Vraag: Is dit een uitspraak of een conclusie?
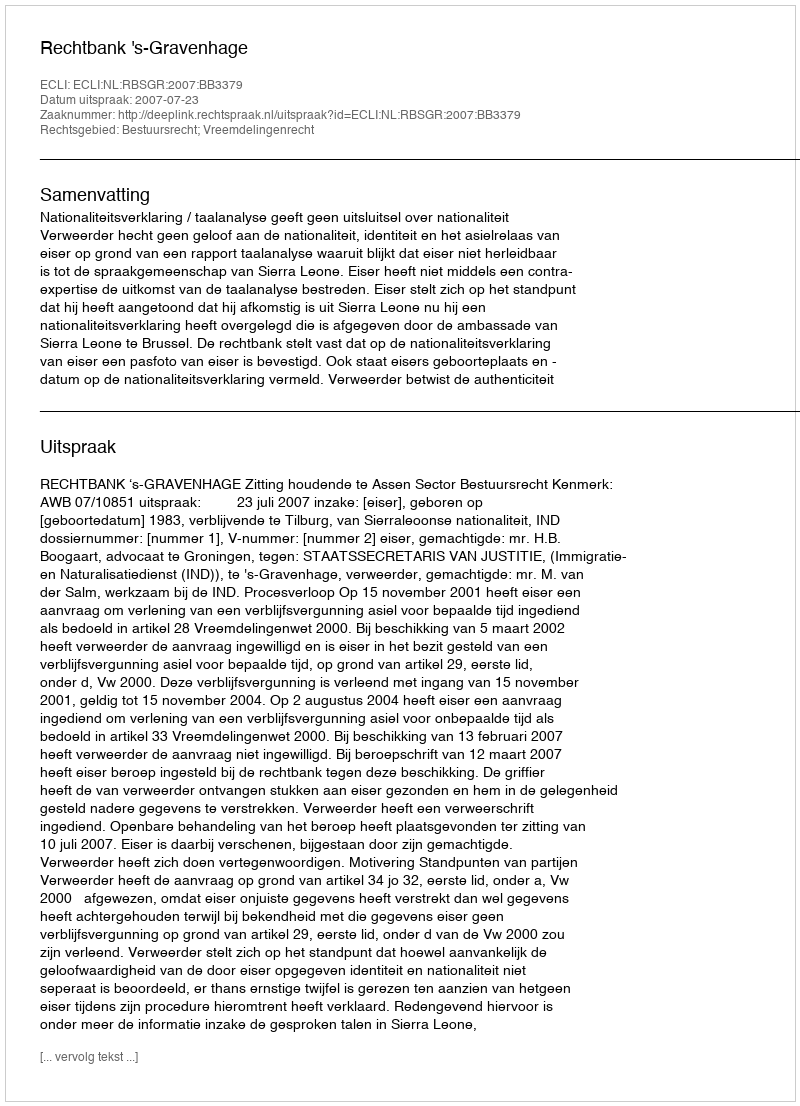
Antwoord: Uitspraak